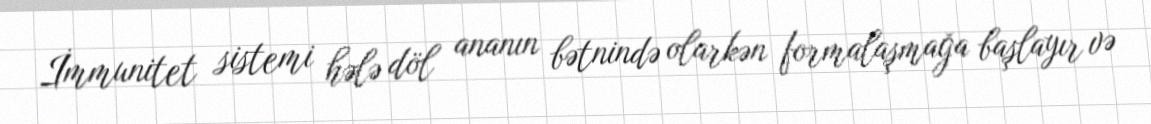
İmmunitet sistemi hələ döl ananın bətnində olarkən formalaşmağa başlayır və